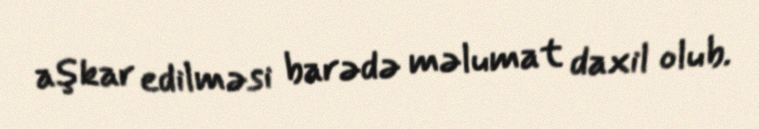
aşkar edilməsi barədə məlumat daxil olub.